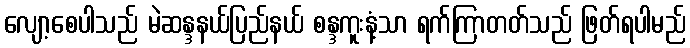
လျော့စေပါသည် မဲဆန္ဒနယ်ပြည်နယ် စန္ဒကူးနံ့သာ ရက်ကြာတတ်သည် ဖြတ်ရပါမည်